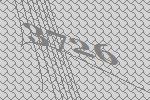
3726